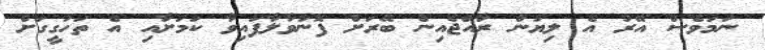
ނަމަވެސް އޭރު އެ ލިޔުން ރާއްޖެއިން ބޭރަށް ފޮނުވާލާފައިވާ ކަމަށާއި އެ ތަހުގީގަށް